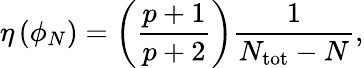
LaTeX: \eta\left(\phi_{N}\right)=\left({\frac{p+1}{p+2}}\right){\frac{1}{N_{\mathrm{tot}}-N}},